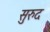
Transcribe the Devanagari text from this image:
सुरुद